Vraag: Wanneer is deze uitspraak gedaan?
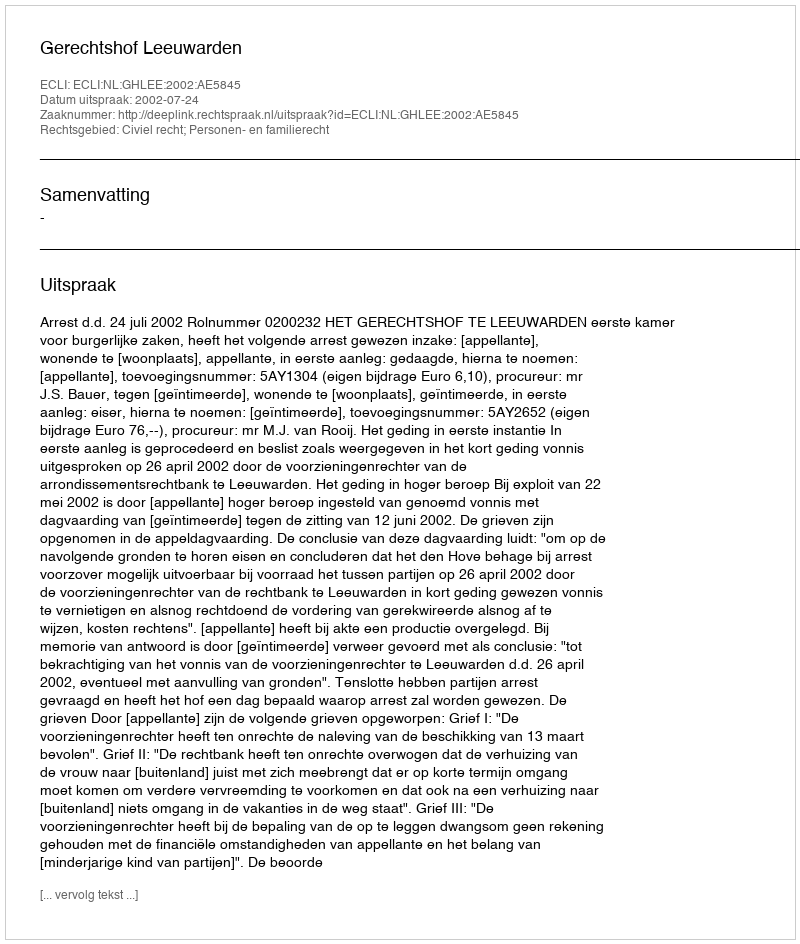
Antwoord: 2002-07-24